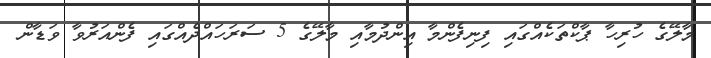
މާލޭގެ ހުރިހާ ޕާކްތަކެއްގައި ފިނިފެންމާ އިންދުމާއި މާލޭގެ 5 ސަރަހައްދެއްގައި ފެންއަރުވާ ވަޑާން